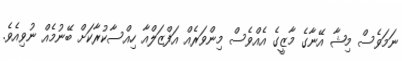
ނަމަވެސް މިޝާ އޭނާގެ މާޒީގެ އެއްވެސް މިންވަރެއް އަފްޒަލްއާ ހިއްސާކުރާކަށް ބޭނުމެއް ނުވިއެވެ.